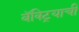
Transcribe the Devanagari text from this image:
बॅक्ट्रियाची